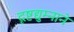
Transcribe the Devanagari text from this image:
दृष्टद्युम्नाने